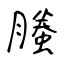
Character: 螣